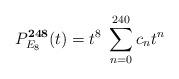
LaTeX: \begin{align*}P_{E_8}^{\bf 248}(t) = t^8 \; \sum_{n=0}^{240} c_n t^n\end{align*}